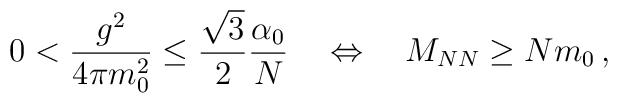
0<\frac{g^2}{4\pi m_0^2}\leq\frac{\sqrt{3}}{2}\frac{\alpha_0}{N}\quad\Leftrightarrow\quad M_{NN}\geq Nm_0\,,